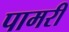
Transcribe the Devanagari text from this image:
पामरी